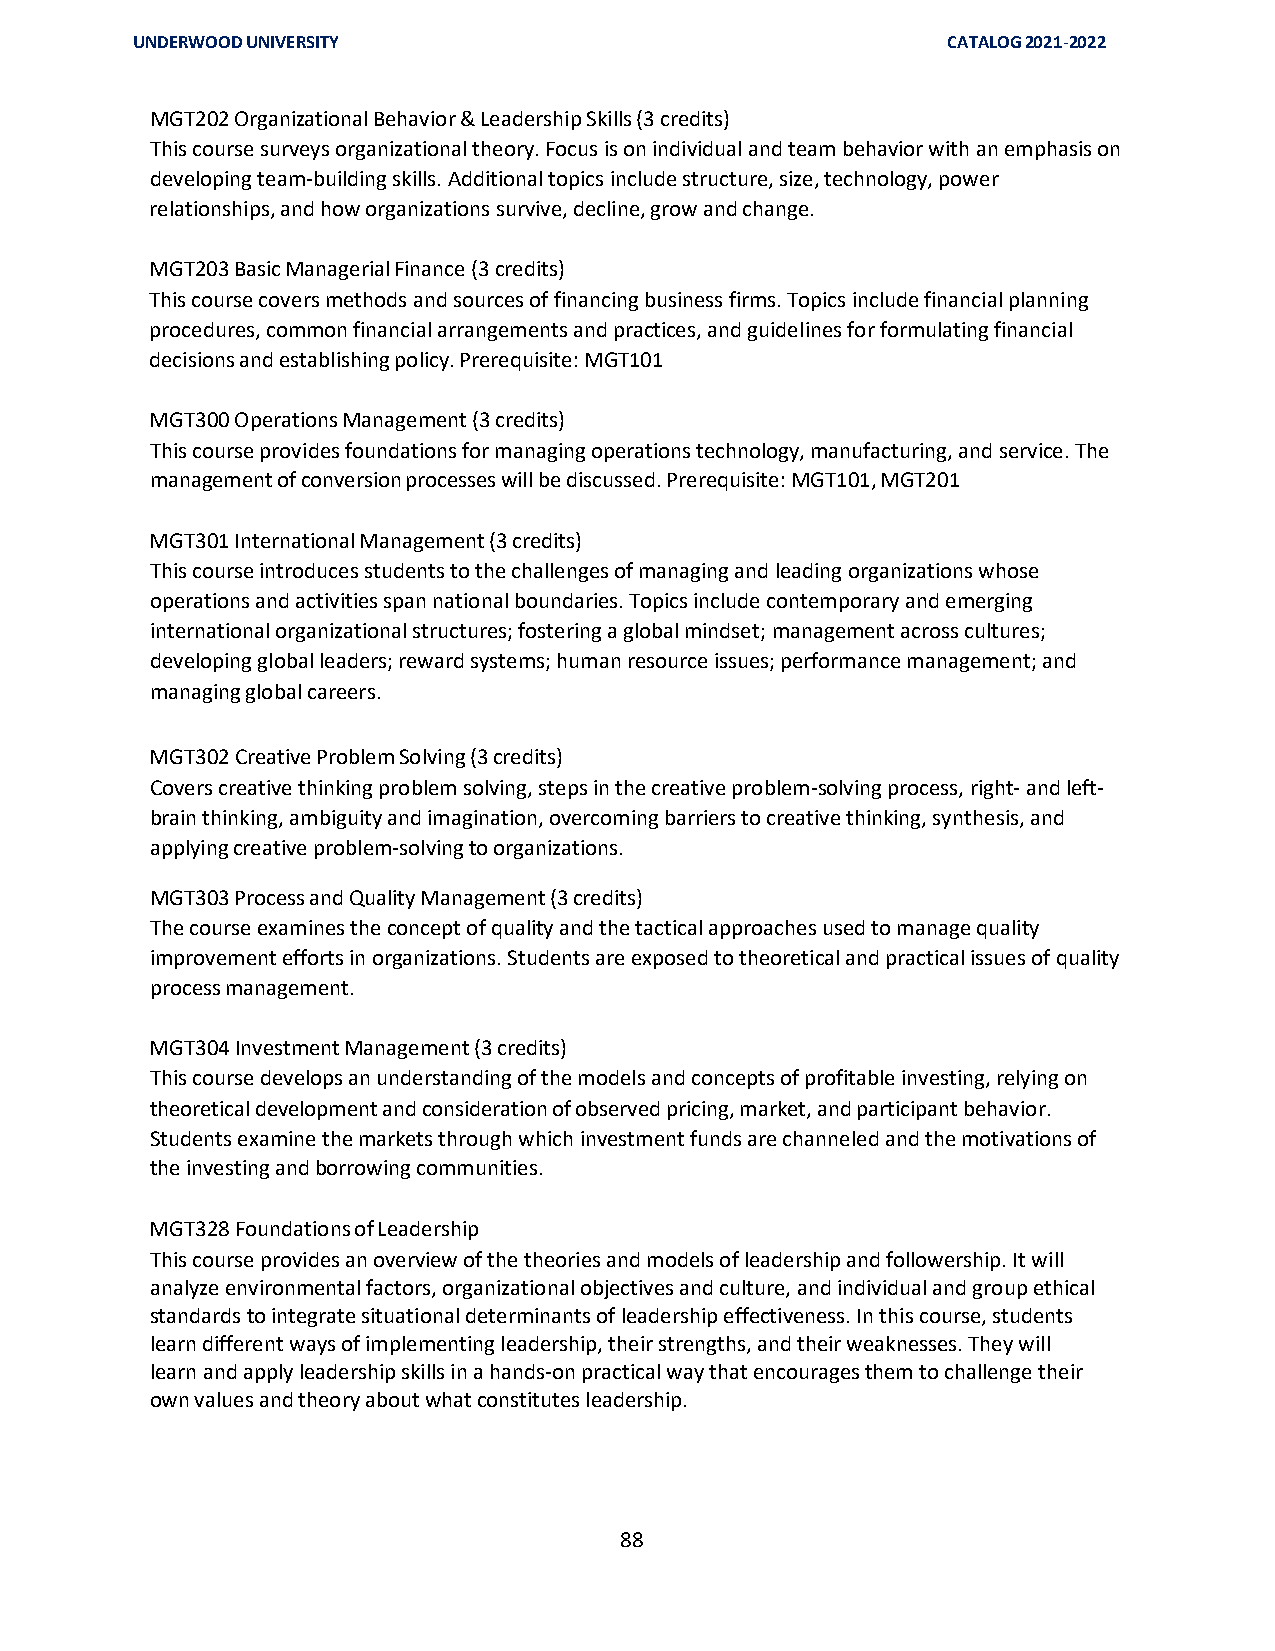
UNDERWOOD UNIVERSITY                                  CATALOG 2021-2022
 MGT202 Organizational Behavior & Leadership Skills (3 credits)
 This course surveys organizational theory. Focus is on individual and team behavior with an emphasis on
 developing team-building skills. Additional topics include structure, size, technology, power
 relationships, and how organizations survive, decline, grow and change.
 MGT203 Basic Managerial Finance (3 credits)
 This course covers methods and sources of financing business firms. Topics include financial planning
 procedures, common financial arrangements and practices, and guidelines for formulating financial
 decisions and establishing policy. Prerequisite: MGT101
 MGT300 Operations Management (3 credits)
 This course provides foundations for managing operations technology, manufacturing, and service. The
 management of conversion processes will be discussed. Prerequisite: MGT101, MGT201
 MGT301 International Management (3 credits)
 This course introduces students to the challenges of managing and leading organizations whose
 operations and activities span national boundaries. Topics include contemporary and emerging
 international organizational structures; fostering a global mindset; management across cultures;
 developing global leaders; reward systems; human resource issues; performance management; and
 managing global careers.
 MGT302 Creative Problem Solving (3 credits)
 Covers creative thinking problem solving, steps in the creative problem-solving process, right- and left-
 brain thinking, ambiguity and imagination, overcoming barriers to creative thinking, synthesis, and
 applying creative problem-solving to organizations.
 MGT303 Process and Quality Management (3 credits)
 The course examines the concept of quality and the tactical approaches used to manage quality
 improvement efforts in organizations. Students are exposed to theoretical and practical issues of quality
 process management.
 MGT304 Investment Management (3 credits)
 This course develops an understanding of the models and concepts of profitable investing, relying on
 theoretical development and consideration of observed pricing, market, and participant behavior.
 Students examine the markets through which investment funds are channeled and the motivations of
 the investing and borrowing communities.
 MGT328 Foundations of Leadership
 This course provides an overview of the theories and models of leadership and followership. It will
 analyze environmental factors, organizational objectives and culture, and individual and group ethical
 standards to integrate situational determinants of leadership effectiveness. In this course, students
 learn different ways of implementing leadership, their strengths, and their weaknesses. They will
 learn and apply leadership skills in a hands-on practical way that encourages them to challenge their
 own values and theory about what constitutes leadership.
 88